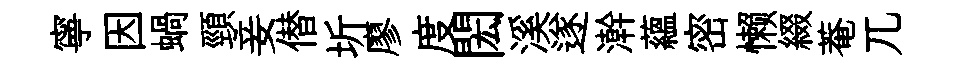
寧因蝸頸妾僣圻廖度閎溪遂澣蘊密懒綴菴兀